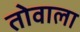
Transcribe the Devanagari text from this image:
तोवाला